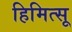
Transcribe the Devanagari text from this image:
हिमित्सू